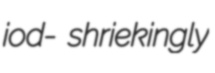
iod- shriekingly